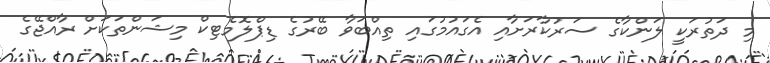
މި ދަތުރަކީ ލަންކާގެ ސަރުކާރަށާއި އެގައުމުގައި ތިއްބަވާ ބޭރުގެ ޑިޕްލޮމެޓިކް މިޝަންތަކަށް ރާއްޖޭގެ